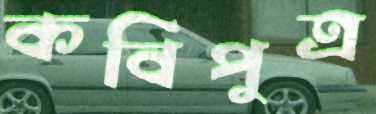
কবিপুত্র